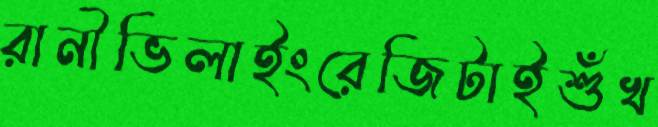
রানীভিলাইংরেজিটাইশুঁখ